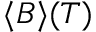
\langle B \rangle ( T )